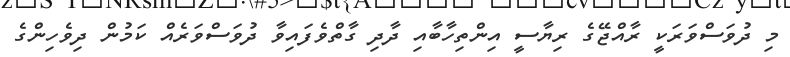
މި ދުވަސްވަރަކީ ރާއްޖޭގެ ރިޔާސީ އިންތިހާބާއި ދާދި ގާތްވެފައިވާ ދުވަސްވަރެއް ކަމުން ދިވެހިންގެ